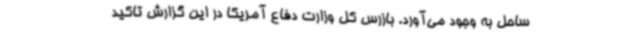
ساحل به وجود می‌آورد. بازرس کل وزارت دفاع آمریکا در این گزارش تاکید